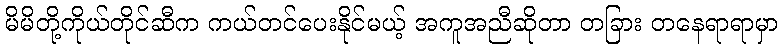
မိမိတို့ကိုယ်တိုင်ဆီက ကယ်တင်ပေးနိုင်မယ့် အကူအညီဆိုတာ တခြား တနေရာရာမှာ